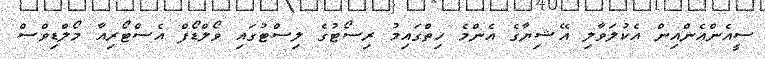
ސީއެންއެންއިން އެކުލަވާލި އޭޝިޔާގެ އެންމެ ހިތްގައިމު ރިސޯޓުގެ ލިސްޓުގައި ވޯލްޑޯފް އެސްޓޯރިއާ މޯލްޑިވްސް